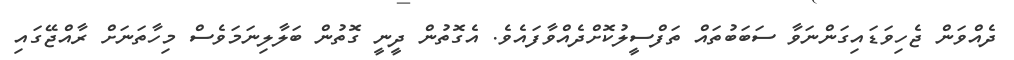
ދެއްވަން ޖެހިވަޑައިގަންނަވާ ސަބަބުތައް ތަފްސީލުކޮށްދެއްވާފައެވެ. އެގޮތުން ދީނީ ގޮތުން ބަލާލިނަމަވެސް މިހާތަނަށް ރާއްޖޭގައި